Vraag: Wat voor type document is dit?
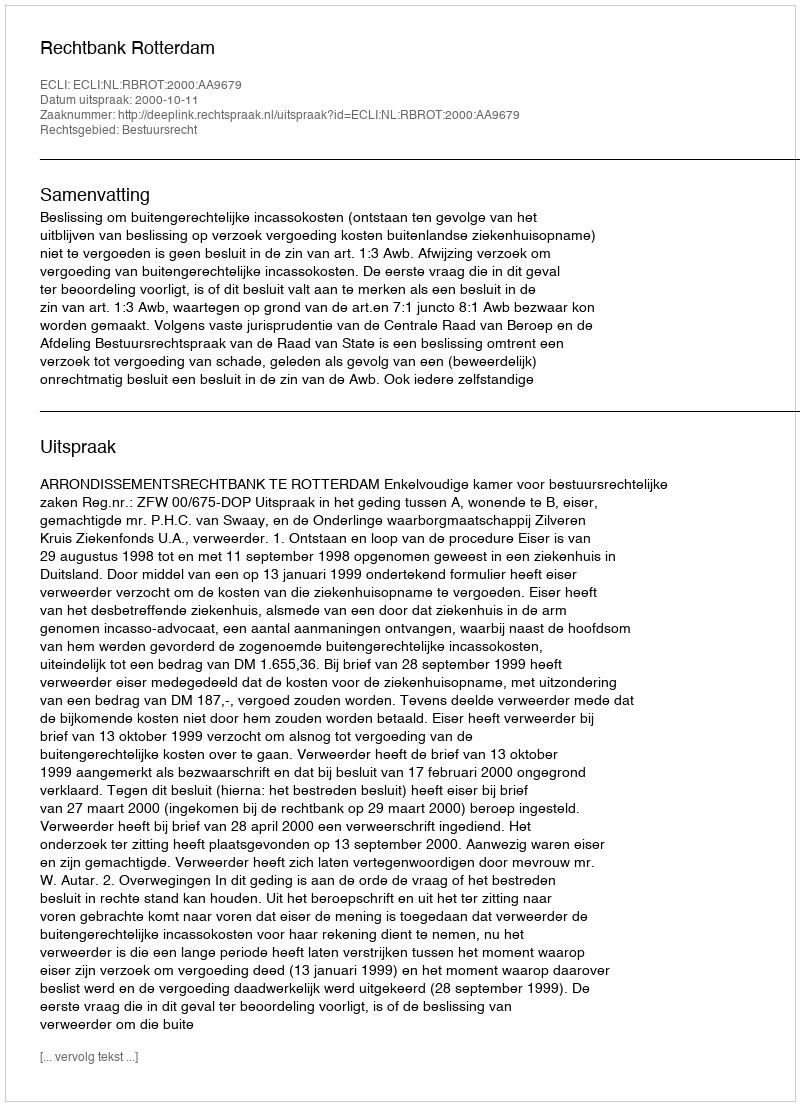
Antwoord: Uitspraak